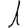
Digit: 1